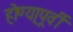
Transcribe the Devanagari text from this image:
होण्या्पूर्वी